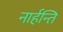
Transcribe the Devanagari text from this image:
नार्हन्ति